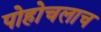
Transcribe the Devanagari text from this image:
पोहोचलाच